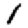
Digit: 1